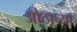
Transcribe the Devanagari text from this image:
ओठाच्या